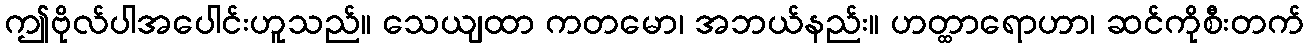
ဤဗိုလ်ပါအပေါင်းဟူသည်။ သေယျထာ ကတမော၊ အဘယ်နည်း။ ဟတ္ထာရောဟာ၊ ဆင်ကိုစီးတက်